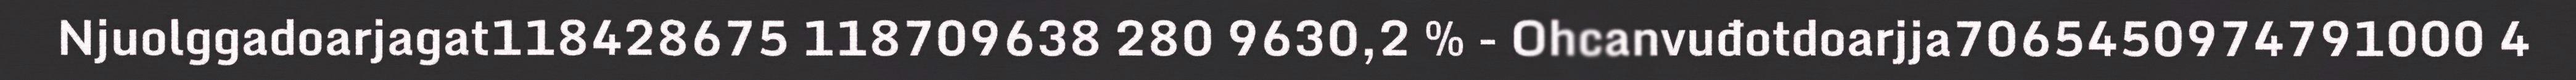
Njuolggadoarjagat118428675 118709638 280 9630,2 % - Ohcanvuđotdoarjja7065450974791000 4